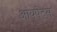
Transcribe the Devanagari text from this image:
आयपेट्स